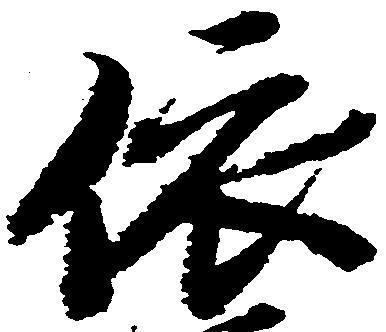
依